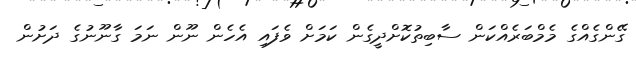
ގޭންގެއްގެ މެމްބަރެއްކަން ސާބިތުކޮށްދީގެން ކަމަށް ވެފައި އެހެން ނޫން ނަމަ ގާނޫނުގެ ދަށުން